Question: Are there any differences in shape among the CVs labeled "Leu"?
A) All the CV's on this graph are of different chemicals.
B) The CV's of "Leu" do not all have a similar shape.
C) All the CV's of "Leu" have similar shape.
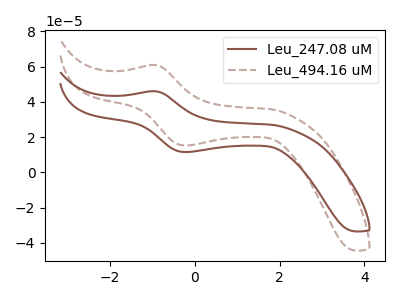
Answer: <think>The brown curve "Leu_247.08 uM" has an anodic peak at (-0.95V, 46.05uA) and a cathodic peak at (-0.20V, 11.50uA). The brown dashed curve "Leu_494.16 uM" has an anodic peak at (-0.95V, 60.95uA) and a cathodic peak at (-0.20V, 15.25uA).
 All the peaks in "Leu_247.08 uM" have a peak in "Leu_494.16 uM" at the same potential.</think>
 <answer>C) All the CV's of "Leu" have similar shape.</answer>
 <eval>C</eval>